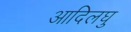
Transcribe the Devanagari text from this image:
आदिलघु